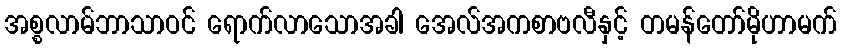
အစ္စလာမ်ဘာသာဝင် ရောက်လာသောအခါ အေလ်အကစာဗလီနှင့် တမန်တော်မိုဟာမက်